65_HS1-834228961_62-HQ-83894_Section_6
Agency: FBI
Page 124
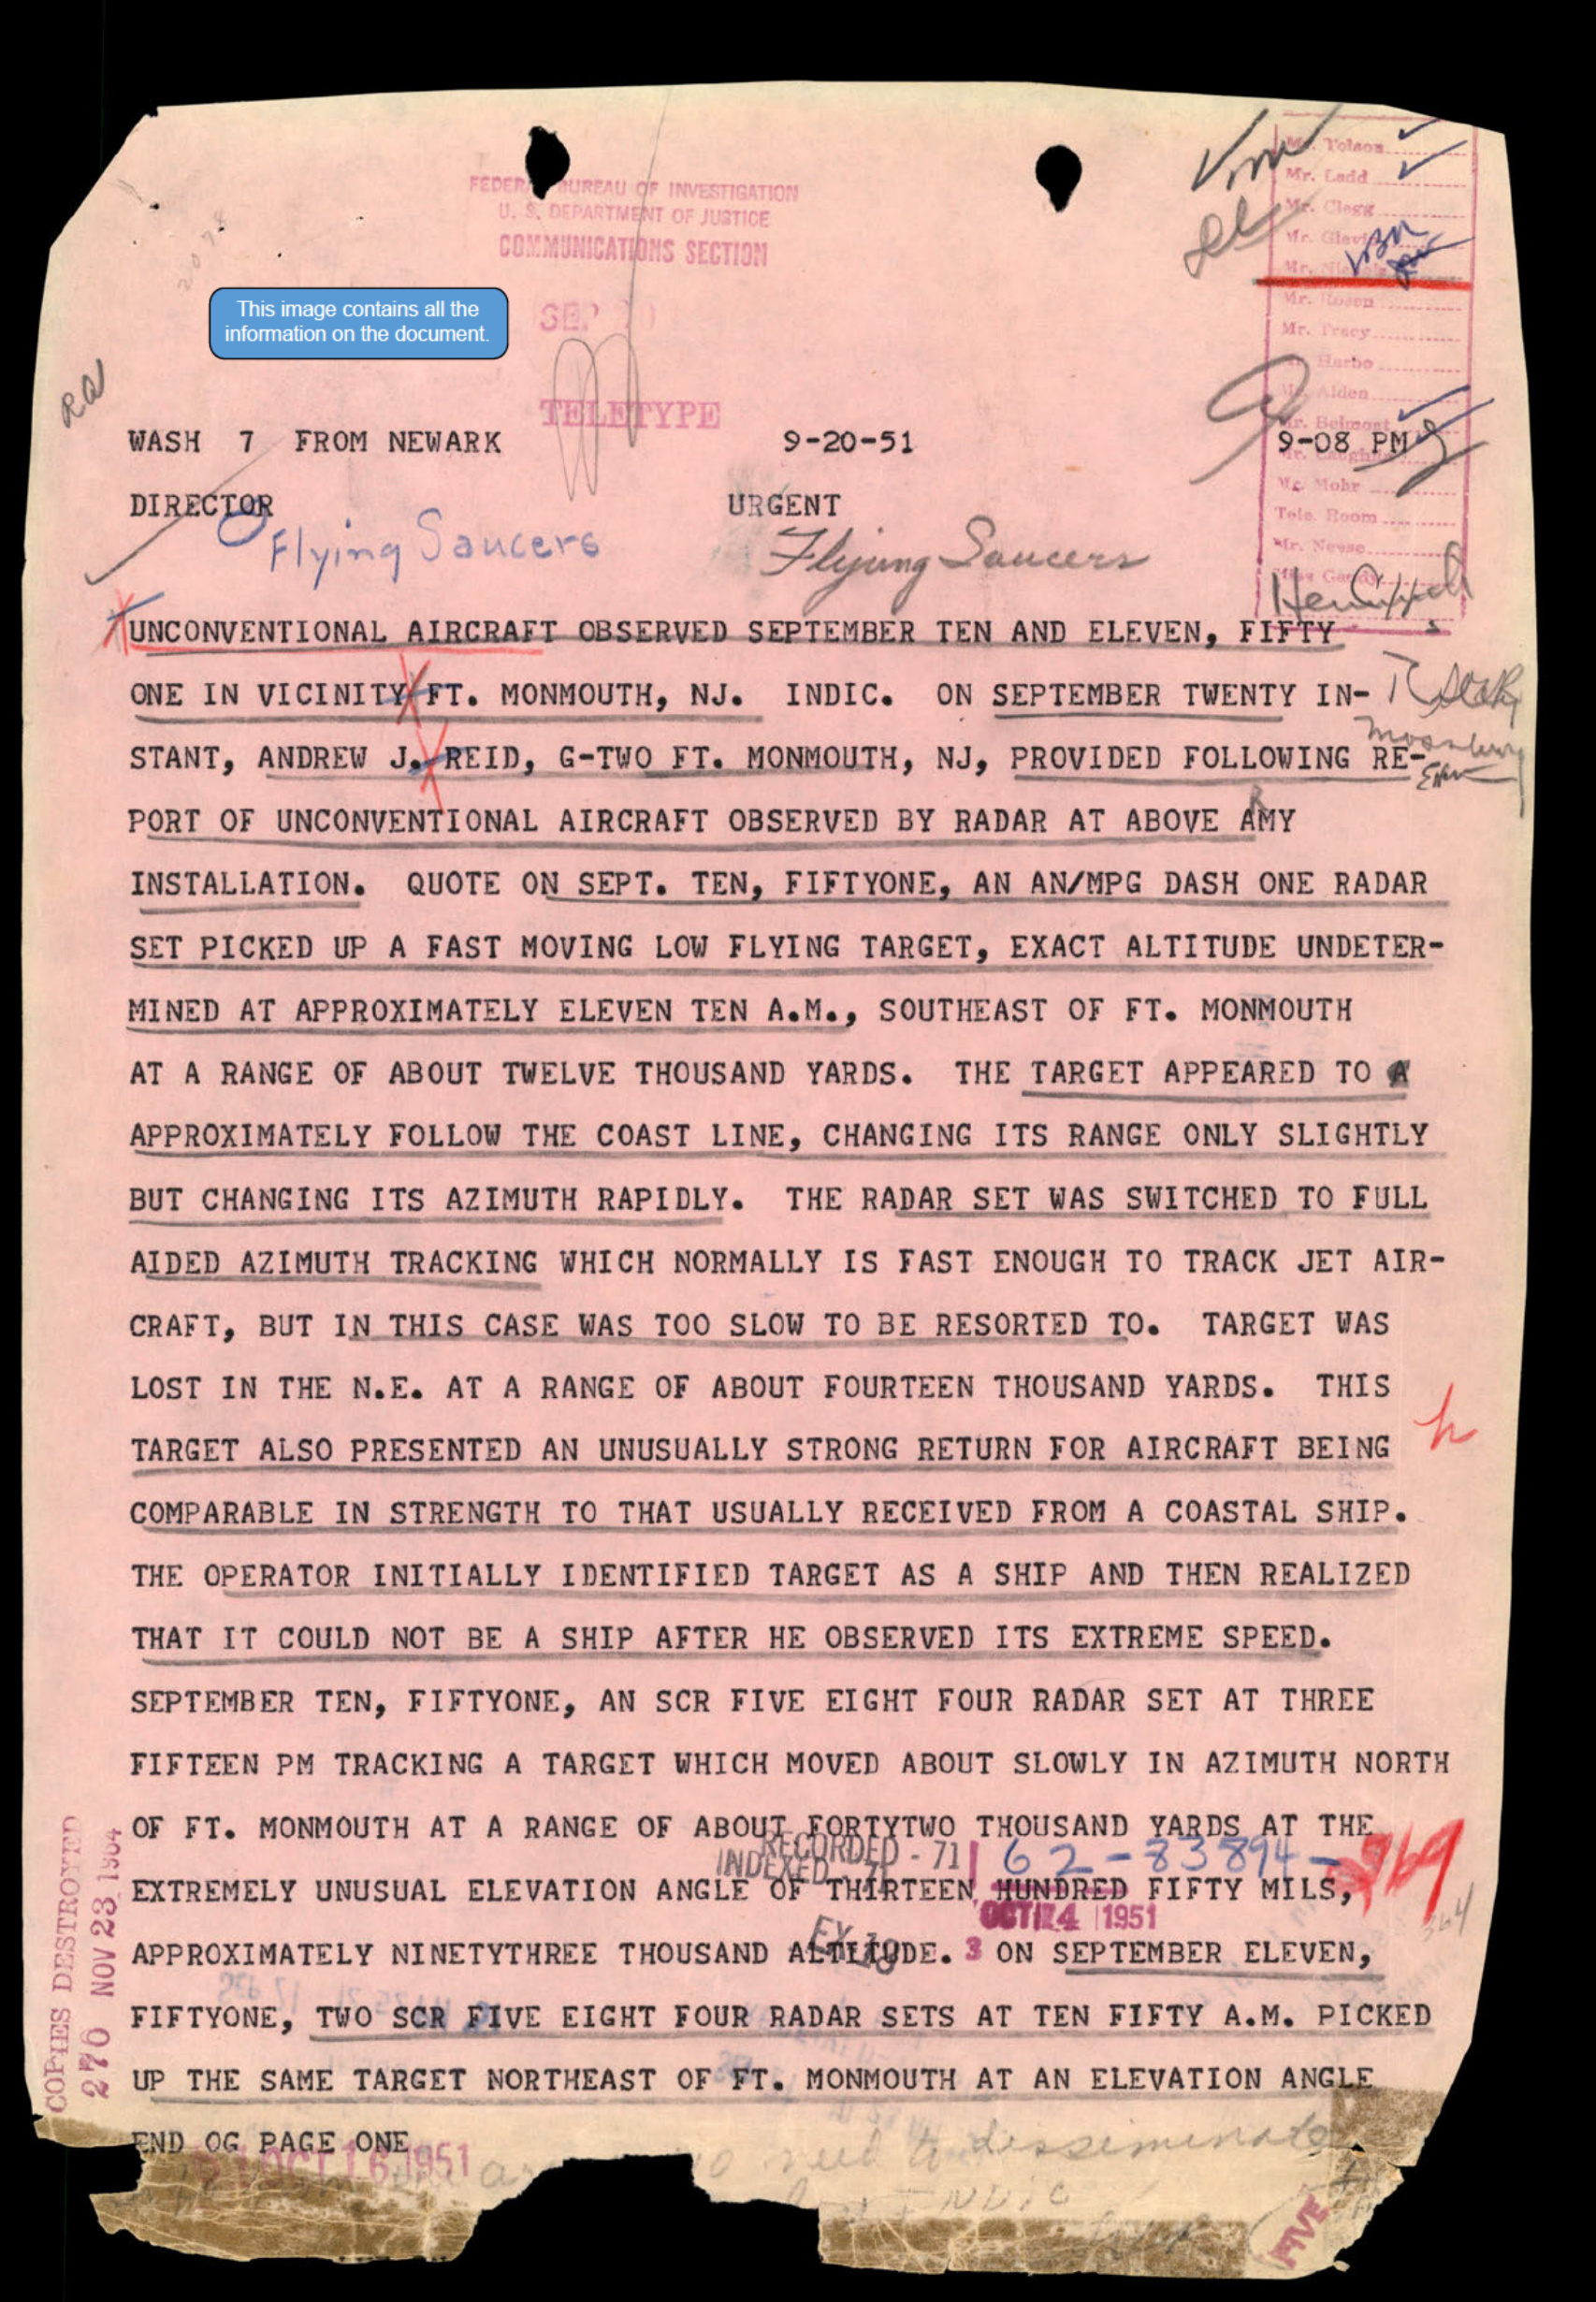